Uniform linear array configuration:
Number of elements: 64
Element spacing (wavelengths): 0.25
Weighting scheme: hamming
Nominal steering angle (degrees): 15
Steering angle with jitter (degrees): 15.317
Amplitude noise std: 0.05
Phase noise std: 0.05

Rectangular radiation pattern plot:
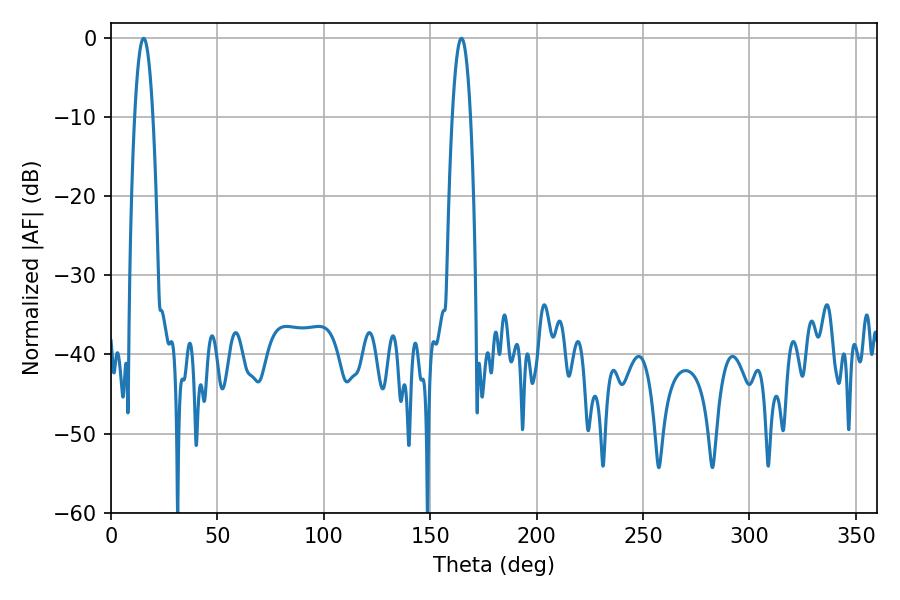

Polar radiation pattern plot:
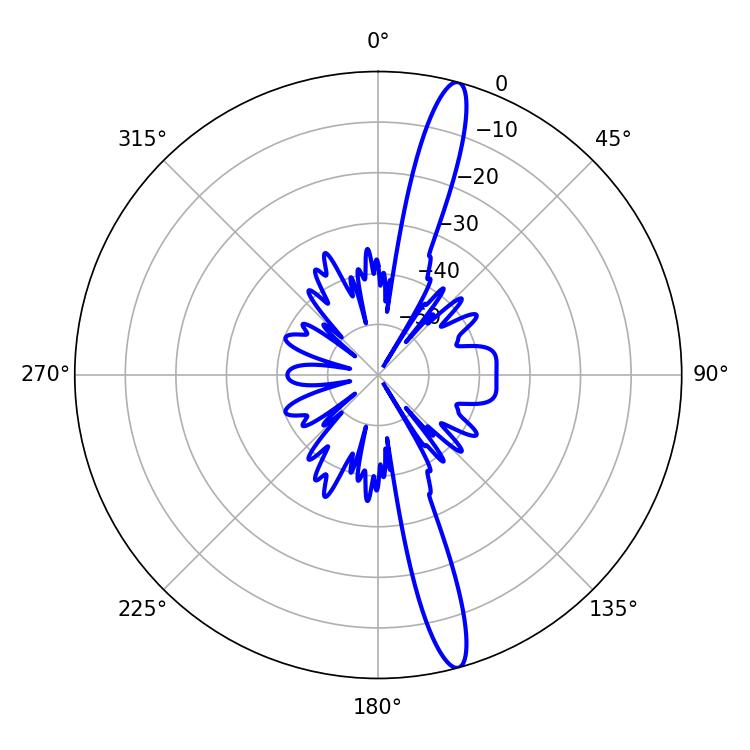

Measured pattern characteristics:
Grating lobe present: FALSE
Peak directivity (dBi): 16.256
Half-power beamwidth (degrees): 4.68
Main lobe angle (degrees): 15.3